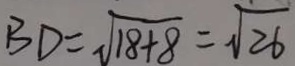
B D = \sqrt { 1 8 + 8 } = \sqrt { 2 6 }